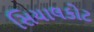
સિયાલકોટ